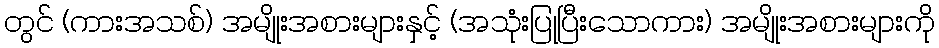
တွင် (ကားအသစ်) အမျိုးအစားများနှင့် (အသုံးပြုပြီးသောကား) အမျိုးအစားများကို